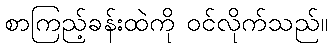
စာကြည့်ခန်းထဲကို ဝင်လိုက်သည်။